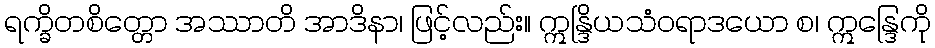
ရက္ခိတစိတ္တော အဿာတိ အာဒိနာ၊ ဖြင့်လည်း။ ဣန္ဒြိယသံဝရာဒယော စ၊ ဣန္ဒြေကို